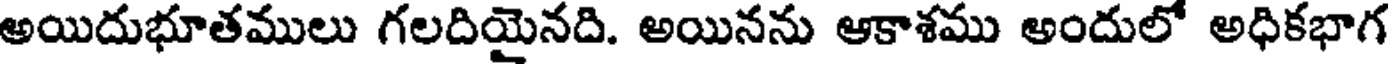
అయిదుభూతములు గలదియైనది. అయినను ఆకాశము అందులో అధికభాగ